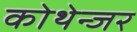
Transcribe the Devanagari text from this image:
कोथेन्जर